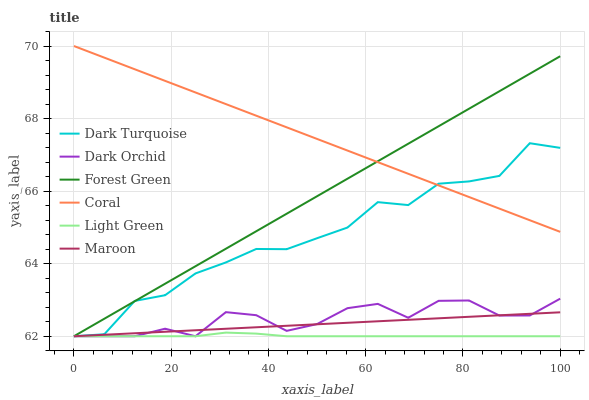
| xaxis_label | Dark Turquoise | Dark Orchid | Forest Green | Coral | Light Green | Maroon |
 | --- | --- | --- | --- | --- | --- | --- |
 | 0 | 62 | 62 | 62 | 70 | 62 | 62 |
 | 6.25 | 62.1 | 62 | 62.5 | 69.7 | 62 | 62 |
 | 12.5 | 63 | 62 | 63 | 69.4 | 62 | 62.1 |
 | 18.8 | 63.1 | 62.2 | 63.4 | 69 | 62 | 62.1 |
 | 25 | 63.7 | 62 | 63.9 | 68.7 | 62 | 62.2 |
 | 31.2 | 64 | 62.7 | 64.4 | 68.4 | 62.1 | 62.2 |
 | 37.5 | 64.4 | 62.6 | 64.9 | 68.1 | 62.1 | 62.2 |
 | 43.8 | 64.4 | 62.1 | 65.4 | 67.8 | 62 | 62.3 |
 | 50 | 64.7 | 62.3 | 65.9 | 67.4 | 62 | 62.3 |
 | 56.2 | 65 | 62.8 | 66.3 | 67.1 | 62 | 62.4 |
 | 62.5 | 65.7 | 62.9 | 66.8 | 66.8 | 62 | 62.4 |
 | 68.8 | 65.6 | 62.5 | 67.3 | 66.5 | 62 | 62.5 |
 | 75 | 66.2 | 63 | 67.8 | 66.2 | 62 | 62.5 |
 | 81.2 | 66.3 | 63 | 68.3 | 65.8 | 62 | 62.5 |
 | 87.5 | 66.4 | 62.6 | 68.8 | 65.5 | 62 | 62.6 |
 | 93.8 | 67.3 | 62.6 | 69.2 | 65.2 | 62 | 62.6 |
 | 100 | 67.2 | 63 | 69.7 | 64.9 | 62 | 62.7 |